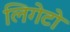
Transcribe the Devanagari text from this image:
लिगेटो